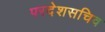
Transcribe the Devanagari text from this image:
परदेशसचिव